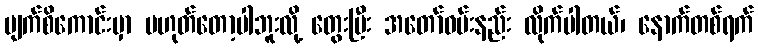
မျက်စိကောင်းမှာ မဟုတ်တော့ပါဘူးလို့ တွေးပြီး အတော်ဝမ်းနည်း လိုက်ပါတယ်၊ နောက်တစ်ရက်